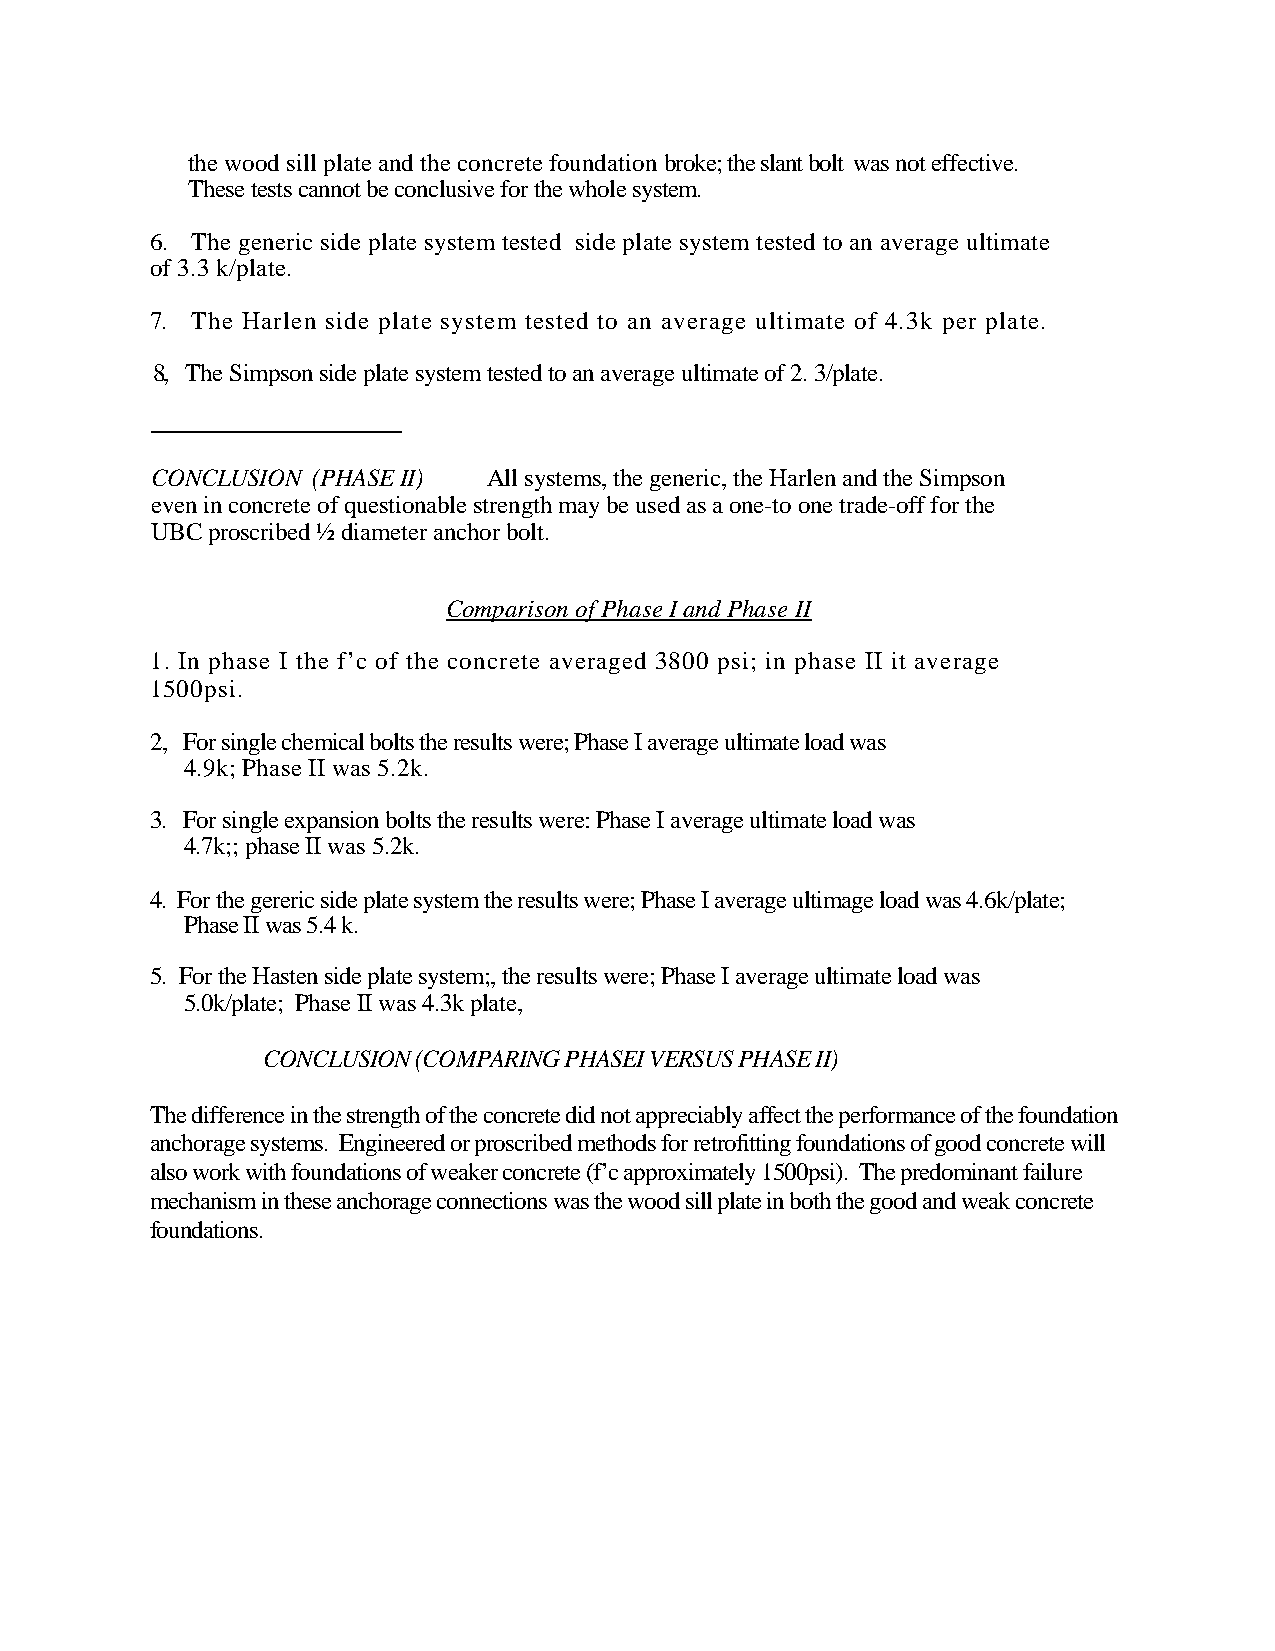
the wood sill plate and the concrete foundation broke; the slant bolt was not effective.
 These tests cannot be conclusive for the whole system.
 6. The generic side plate system tested side plate system tested to an average ultimate
 of 3.3 k/plate.
 7. The Harlen side plate system tested to an average ultimate of 4.3k per plate.
 8, The Simpson side plate system tested to an average ultimate of 2. 3/plate.
 CONCLUSION (PHASE II) All systems, the generic, the Harlen and the Simpson
 even in concrete of questionable strength may be used as a one-to one trade-off for the
 UBC proscribed ½ diameter anchor bolt.
 Comparison of Phase I and Phase II
 1. In phase I the f’c of the concrete averaged 3800 psi; in phase II it average
 1500psi.
 2, For single chemical bolts the results were; Phase I average ultimate load was
 4.9k; Phase II was 5.2k.
 3. For single expansion bolts the results were: Phase I average ultimate load was
 4.7k;; phase II was 5.2k.
 4. For the gereric side plate system the results were; Phase I average ultimage load was 4.6k/plate;
 Phase II was 5.4 k.
 5. For the Hasten side plate system;, the results were; Phase I average ultimate load was
 5.0k/plate; Phase II was 4.3k plate,
 CONCLUSION (COMPARING PHASEI VERSUS PHASE II)
 The difference in the strength of the concrete did not appreciably affect the performance of the foundation
 anchorage systems. Engineered or proscribed methods for retrofitting foundations of good concrete will
 also work with foundations of weaker concrete (f’c approximately 1500psi). The predominant failure
 mechanism in these anchorage connections was the wood sill plate in both the good and weak concrete
 foundations.